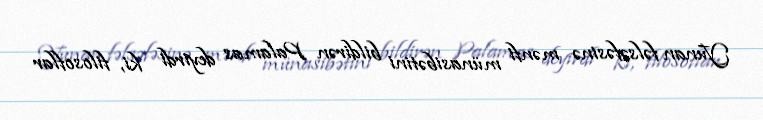
Yunan fəlsəfəsinə mənfi münasibətini bildirən Palamas deyirdi ki, filosoflar